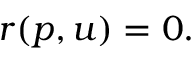
\begin{array} { r } { r ( p , u ) = 0 . } \end{array}